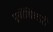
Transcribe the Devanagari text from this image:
पूर्वीधिकारी